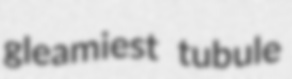
gleamiest tubule